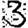
Digit: 3